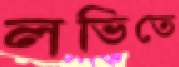
লভিতে